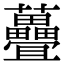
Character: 𫊜